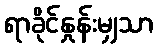
ရာခိုင်နှုန်းမျှသာ